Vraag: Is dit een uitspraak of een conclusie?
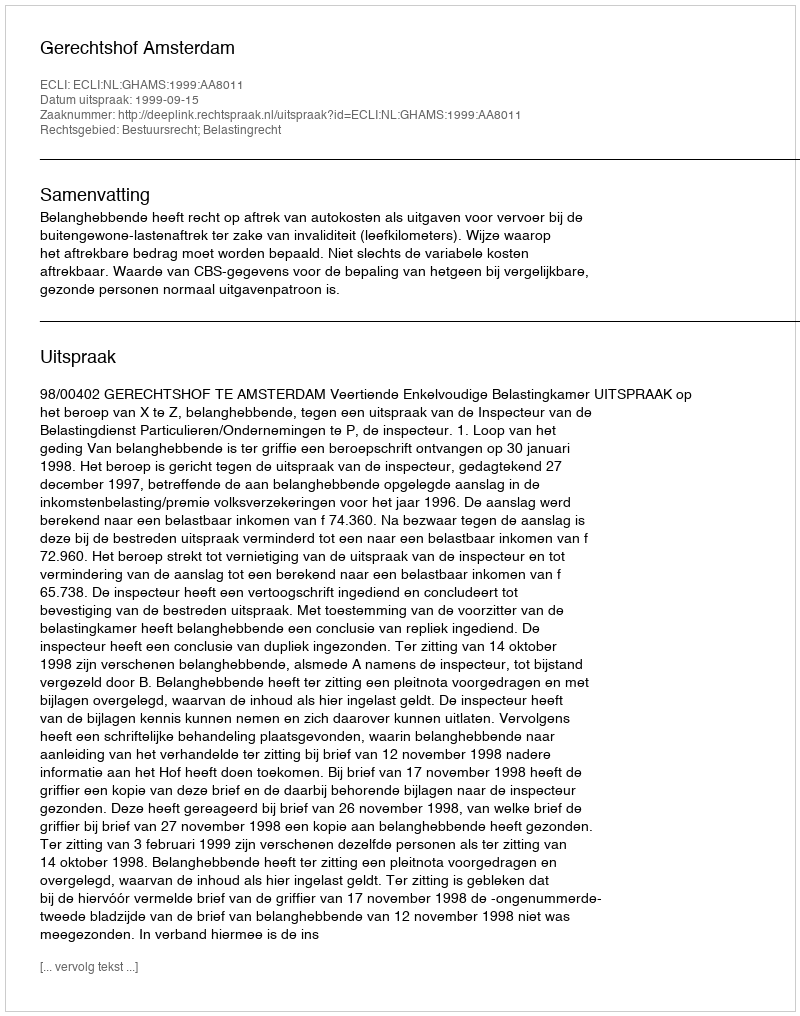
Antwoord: Uitspraak